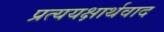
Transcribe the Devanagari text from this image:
प्रत्ययक्षार्थवाद